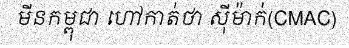
មីនកម្ពុជា ហៅកាត់ថា ស៊ីម៉ាក់(CMAC)